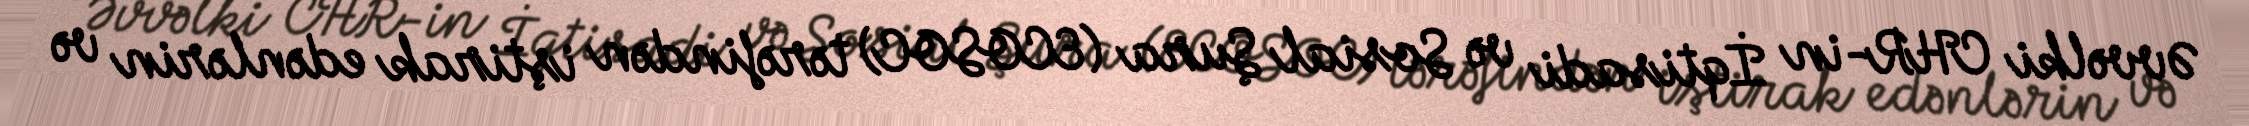
Əvvəlki CHR-in İqtisadi və Sosial Şura (ECOSOC) tərəfindən iştirak edənlərin və